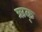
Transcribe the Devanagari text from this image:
ऋक्‌